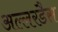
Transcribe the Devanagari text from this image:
अल्लरडैस